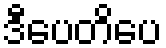
ဒီပေတိပေ